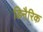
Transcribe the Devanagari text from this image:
डिनैरिक